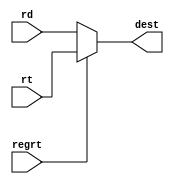
`timescale 1ns / 1ps
//////////////////////////////////////////////////////////////////////////////////
// Company: CMPEN 331
// 
// Design Name: 
// Module Name: DestChoose
// Project Name: 
// Target Devices: 
// Tool Versions: 
// Description: 
// 
// Dependencies: 
// 
// Revision:
// Revision 0.01 - File Created
// Additional Comments:
// 
//////////////////////////////////////////////////////////////////////////////////


module DestChoose(rd, rt, regrt, dest);

input [4:0] rd;
input [4:0] rt;
input regrt;
output reg [4:0] dest;

always @(*)
begin
    if (regrt)
        dest = rt;
    else
        dest = rd;
end
endmodule